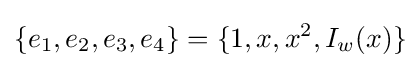
\{e_{1},e_{2},e_{3},e_{4}\}=\{1,x,x^{2},I_{w}(x)\}